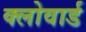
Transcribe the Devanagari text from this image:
क्लोवार्ड